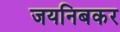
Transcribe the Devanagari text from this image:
जयनिबकर